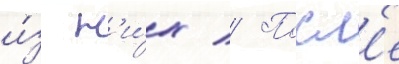
и́з н'и́х // Посл'е